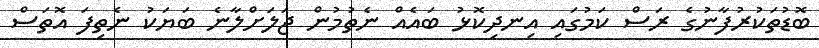
ބޮޑުތަކުރުފާނުގެ ރަސް ކަމުގައި އިނދިކޮޅު ބައެއް ނެތުމުން ޖަލަށްލާނެ ބަޔަކު ނެތިފަ އޮތަސް